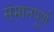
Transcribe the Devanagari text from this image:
संमानपूर्ण